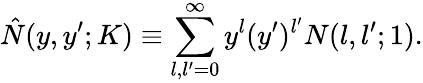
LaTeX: \hat{N}(y,y^{\prime};K)\equiv\sum_{l,l^{\prime}=0}^{\infty}y^{l}(y^{\prime})^{l^{\prime}}N(l,l^{\prime};1).